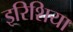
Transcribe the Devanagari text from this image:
इरिशिया